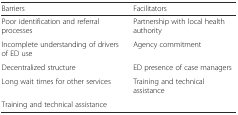
<table><thead><tr><td><b>Barriers</b></td><td><b>Facilitators</b></td></tr></thead><tbody><tr><td>Poor identification and referral processes</td><td>Partnership with local health authority</td></tr><tr><td>Incomplete understanding of drivers of ED use</td><td>Agency commitment</td></tr><tr><td>Decentralized structure</td><td>ED presence of case managers</td></tr><tr><td>Long wait times for other services</td><td>Training and technical assistance</td></tr><tr><td>Training and technical assistance</td><td></td></tr></tbody></table>